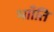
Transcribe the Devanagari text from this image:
भााँति